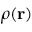
\rho ( \mathbf { r } )